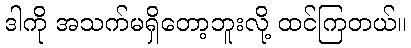
ဒါကို အသက်မရှိတော့ဘူးလို့ ထင်ကြတယ်။